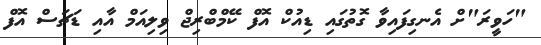
"ހަވީރަ"ށް އެނގިފައިވާ ގޮތުގައި ޑިއުކް އޮފް ކޭމްބްރިޖް ވިލިއަމް އާއި ޑަޗަސް އޮފް